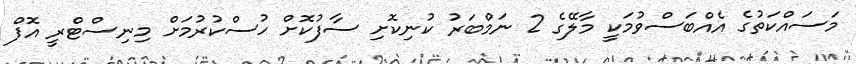
މަސައްކަތުގެ އެއްބަސްވުމަކީ މާލޭގެ 2 ނަމްބަރު ކުނިކޮށި ސާފުކޮށް ހުސްކުރުމަށް މިނިސްޓްރީ އޮފް